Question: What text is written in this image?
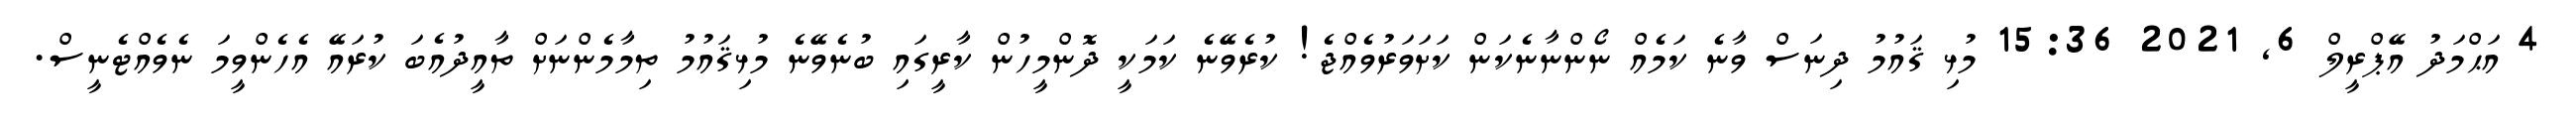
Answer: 4 އަޙްމަދު އޭޕްރީލް 6, 2021 15:36 މުޅި ޤައުމު ދިނަސް ވާނެ ކަމެއް ނޯންނާނެކަން ކަށަވަރުވެއްޖެ! ކުރެވޭނެ ކަމަކީ ދޮންމީހުން ކާރީގައި ބުނެވޭނެ މުޅިޤައުމު ތިމާމެންނަށް ތާއީދުއެބަ ކުރައޭ އެހެންވީމަ ނެވެއްޓެނީސް.